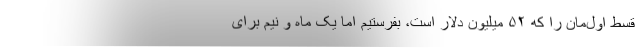
قسط اول‌مان را که ۵۲ میلیون دلار است، بفرستیم اما یک ماه و نیم برای